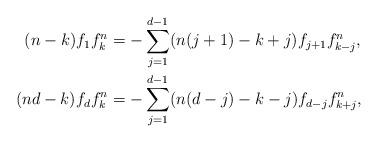
LaTeX: \begin{align*} (n-k) f_1 f^n_k & = -\sum_{j=1}^{d-1} (n(j+1) - k + j) f_{j+1} f^n_{k-j}, \\ (nd - k) f_d f^n_k & = -\sum_{j=1}^{d-1} (n(d-j) - k - j) f_{d-j} f^n_{k+j}, \end{align*}